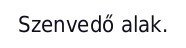
Szenvedő alak.